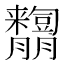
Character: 𦣓